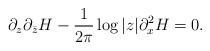
\begin{align*}\partial_z\partial_{\bar{z}}H-\frac{1}{2\pi}\log|z| \partial_x^2 H=0.\end{align*}